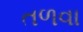
તળવા